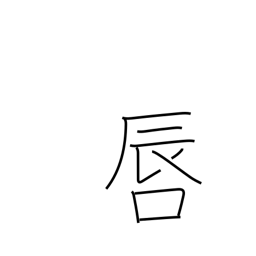
Meaning: lips